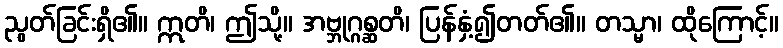
ညွတ်ခြင်းရှိ၏။ ဣတိ၊ ဤသို့။ အဗ္ဘုဂ္ဂစ္ဆတိ၊ ပြန်နှံ့၍တတ်၏။ တသ္မာ၊ ထိုကြောင့်။